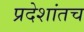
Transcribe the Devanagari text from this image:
प्रदेशांतच